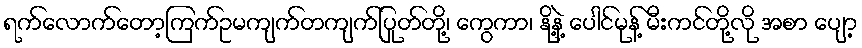
ရက်လောက်တော့ကြက်ဥမကျက်တကျက်ပြုတ်တို့၊ ကွေကာ၊ နို့နဲ့ ပေါင်မုန့် မီးကင်တို့လို အစာ ပျော့